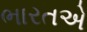
ભારતએ